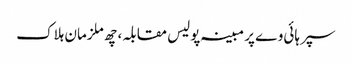
سپر ہائی وے پر مبینہ پولیس مقابلہ، چھ ملزمان ہلاک